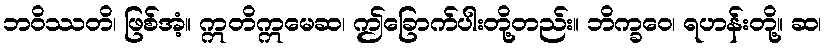
ဘဝိဿတိ၊ ဖြစ်အံ့။ ဣတိဣမေဆ၊ ဤခြောက်ပါးတို့တည်း။ ဘိက္ခဝေ၊ ရဟန်းတို့။ ဆ၊